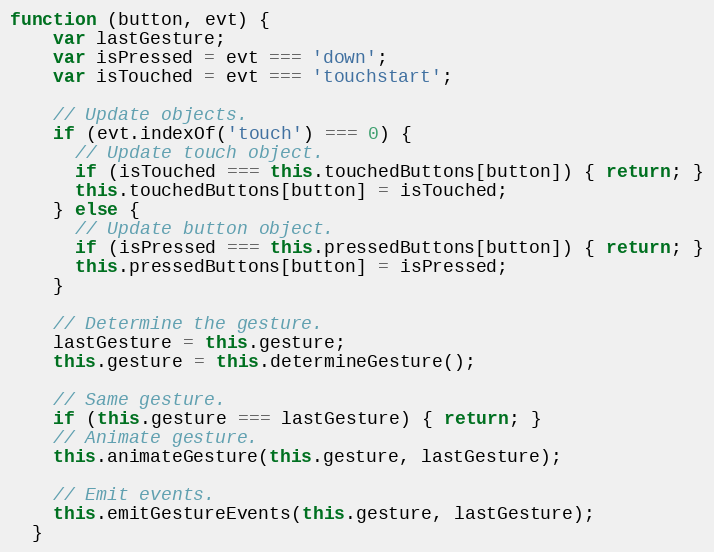
Language: JavaScript
function (button, evt) {
    var lastGesture;
    var isPressed = evt === 'down';
    var isTouched = evt === 'touchstart';

    // Update objects.
    if (evt.indexOf('touch') === 0) {
      // Update touch object.
      if (isTouched === this.touchedButtons[button]) { return; }
      this.touchedButtons[button] = isTouched;
    } else {
      // Update button object.
      if (isPressed === this.pressedButtons[button]) { return; }
      this.pressedButtons[button] = isPressed;
    }

    // Determine the gesture.
    lastGesture = this.gesture;
    this.gesture = this.determineGesture();

    // Same gesture.
    if (this.gesture === lastGesture) { return; }
    // Animate gesture.
    this.animateGesture(this.gesture, lastGesture);

    // Emit events.
    this.emitGestureEvents(this.gesture, lastGesture);
  }